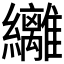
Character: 𮉞